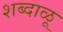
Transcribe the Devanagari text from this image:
शब्दाळू